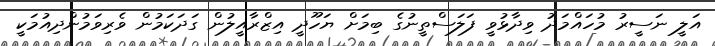
އަލީ ނަސީރު މުހައްމަދު ވިދާޅުވީ ފަލަސްތީނުގެ ބިމަށް ޔަހޫދީ އިޒްރާއީލުން ގަދަކަމުން ވެރިވަމުންދިއުމަކީ